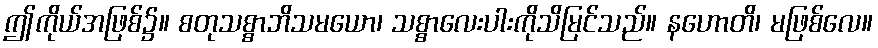
ဤကိုယ်အဖြစ်၌။ စတုသစ္စာဘိသမယော၊ သစ္စာလေးပါးကိုသိမြင်သည်။ နဟောတိ၊ မဖြစ်လေ။